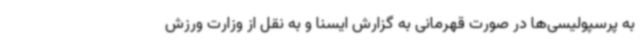
به پرسپولیسی‌ها در صورت قهرمانی به گزارش ایسنا و به نقل از وزارت ورزش